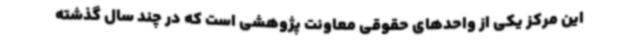
این مرکز یکی از واحدهای حقوقی معاونت پژوهشی است که در چند سال گذشته